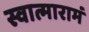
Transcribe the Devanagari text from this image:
स्वात्मारामं